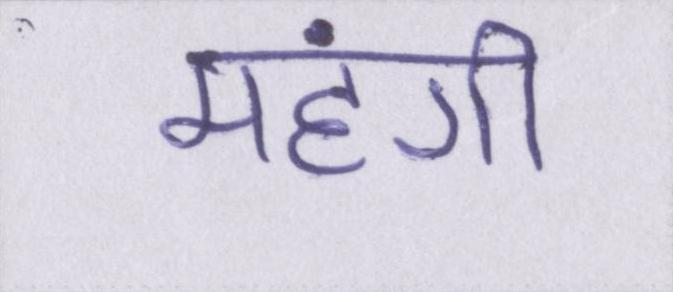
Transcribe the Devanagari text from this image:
महंगी